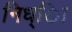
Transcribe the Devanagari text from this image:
निध्ाि